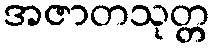
အဇာတသုတ္တ